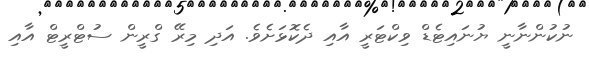
ނުކުންނާނީ ޔުނައިޓެޑް ވިކްޓަރީ އާއި ދެކޮޅަށެވެ. އަދި މިރޭ ގްރީން ސުޓްރީޓް އާއި